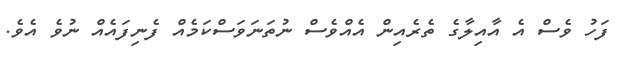
ފަހު ވެސް އެ އާއިލާގެ ތެރެއިން އެއްވެސް ނުތަނަވަސްކަމެއް ފެނިފައެއް ނުވެ އެވެ.